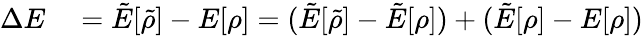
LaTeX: \begin{array}{rl}{\Delta E}&{{}=\tilde{E}[\tilde{\rho}]-E[\rho]=(\tilde{E}[\tilde{\rho}]-\tilde{E}[\rho])+(\tilde{E}[\rho]-E[\rho])}\end{array}